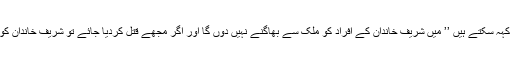
وہ تو اپنے کارکنوں کو کہہ سکتے ہیں ’’ میں شریف خاندان کے افراد کو مُلک سے بھاگنے نہیں دوں گا اور اگر مجھے قتل کردیا جائے ٗتو شریف خاندان کو بھی قتل کردیا جائے‘‘۔